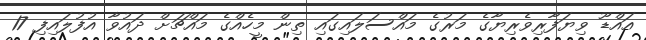
އައްޑޫ ވިޔަފާރިވެރިޔާގެ މަރުގެ މައްސަލައިގައި ތިން މީހެއްގެ މައްޗަށް ދައުވާ އުފުލައިފި 17